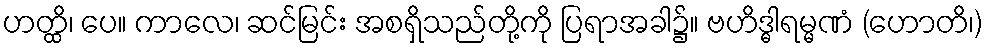
ဟတ္ထိ၊ ပေ။ ကာလေ၊ ဆင်မြင်း အစရှိသည်တို့ကို ပြရာအခါ၌။ ဗဟိဒ္ဓါရမ္မဏံ (ဟောတိ၊)